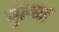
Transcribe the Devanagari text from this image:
वुल्व्स